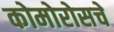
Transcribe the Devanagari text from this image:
कोमोरोसचे